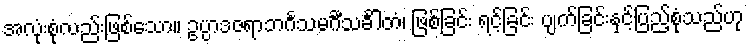
အလုံးစုံလည်းဖြစ်သော။ ဥပ္ပာဒဇရာဘင်္ဂသမင်္ဂီသင်္ခါတံ၊ ဖြစ်ခြင်း ရင့်ခြင်း ပျက်ခြင်းနှင့်ပြည့်စုံသည်ဟု